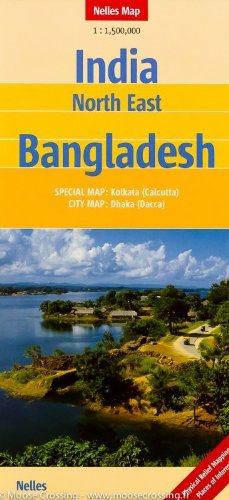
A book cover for India North East, Bangladesh & Bhutan 1:1,500,000 Travel Map NELLES; Nelles Verlag; Travel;